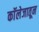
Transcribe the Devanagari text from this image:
काॅलेजातून